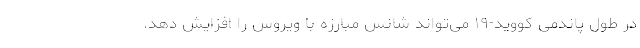
در طول پاندمی کووید-۱۹ می‌تواند شانس مبارزه با ویروس را افزایش دهد.